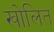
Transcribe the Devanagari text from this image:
खोलित